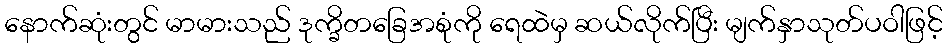
နောက်ဆုံးတွင် မာမားသည် ဒုက္ခိတခြေအစုံကို ရေထဲမှ ဆယ်လိုက်ပြီး မျက်နှာသုတ်ပဝါဖြင့်